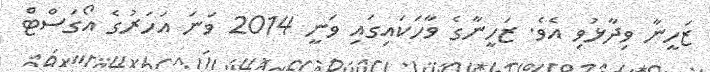
ޒަހީނާ ވިދާޅުވި އެވެ. ޒަހީނާގެ ވާހަކައިގައި ވަނީ 2014 ވަނަ އަހަރުގެ އޯގަސްޓް